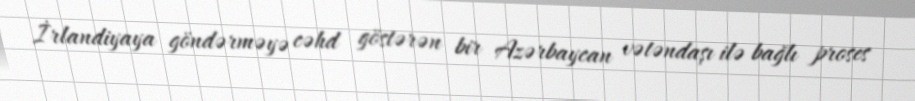
İrlandiyaya göndərməyə cəhd göstərən bir Azərbaycan vətəndaşı ilə bağlı proses